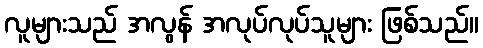
လူများသည် အလွန် အလုပ်လုပ်သူများ ဖြစ်သည်။